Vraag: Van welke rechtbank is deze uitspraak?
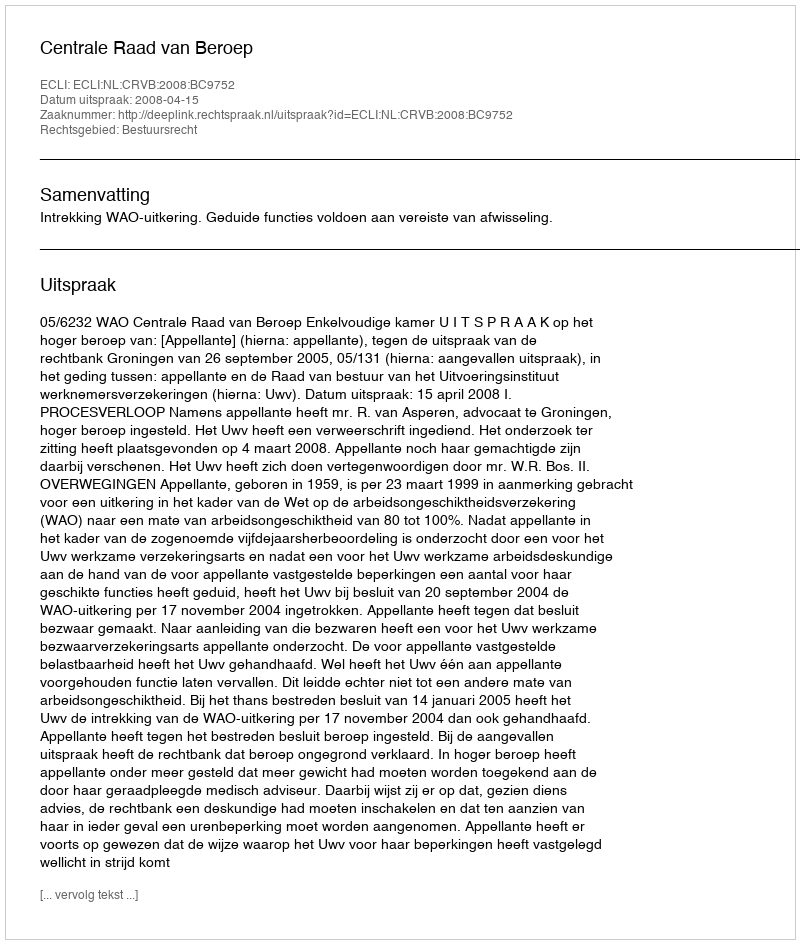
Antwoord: Centrale Raad van Beroep